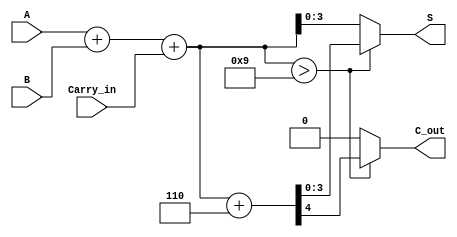
module BCD_Fast_Adder (
    input [3:0] A,          // First BCD digit
    input [3:0] B,          // Second BCD digit
    input Carry_in,         // Carry input from previous addition
    output reg [3:0] S,     // BCD Sum output
    output reg C_out        // Carry output
);
    wire [4:0] Sum;         // 5-bit sum to accommodate carry
    wire correction_needed;  // Flag to check if correction is needed

    // Step 1: Perform binary addition
    assign Sum = A + B + Carry_in;

    // Step 2: Check if correction is needed (if Sum > 9)
    assign correction_needed = (Sum > 9);

    // Step 3: Compute the final BCD output
    always @(*) begin
        if (correction_needed) begin
            // If correction is needed, add 6 (0110)
            {C_out, S} = Sum + 5'b00110; // Adding 6 to the sum
        end else begin
            // No correction needed
            C_out = 1'b0;
            S = Sum[3:0]; // Use the lower 4 bits
        end
    end
endmodule